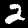
Label: 2